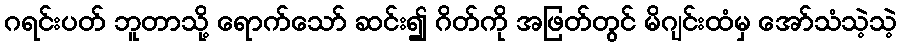
ဂရင်းပတ် ဘူတာသို့ ရောက်သော် ဆင်း၍ ဂိတ်ကို အဖြတ်တွင် မိဂျင်းထံမှ အော်သံသဲ့သဲ့